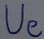
Text: Ue